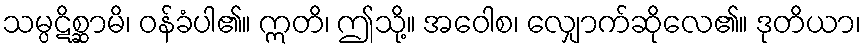
သမ္ပဋိစ္ဆာမိ၊ ဝန်ခံပါ၏။ ဣတိ၊ ဤသို့။ အဝေါစ၊ လျှောက်ဆိုလေ၏။ ဒုတိယာ၊